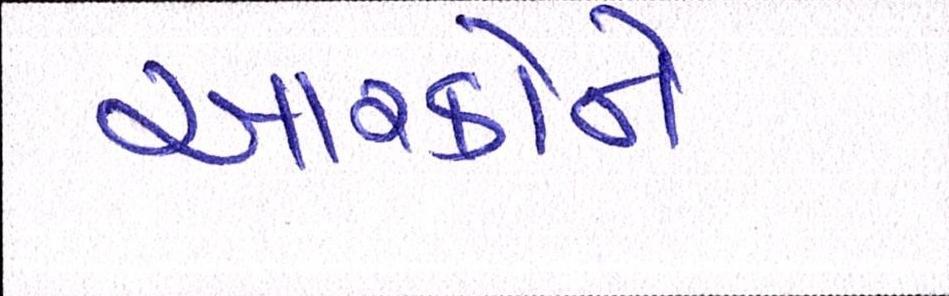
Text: આરકોમે